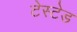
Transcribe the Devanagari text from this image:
टेस्टेड